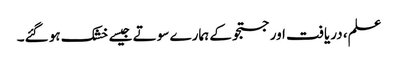
علم، دریافت اور جستجو کے ہمارے سوتے جیسے خشک ہو گئے۔